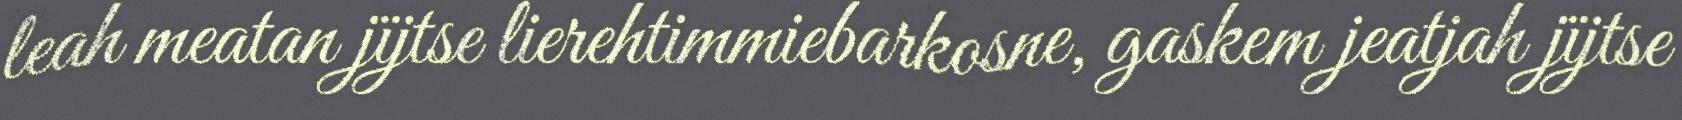
leah meatan jïjtse lierehtimmiebarkosne, gaskem jeatjah jïjtse